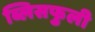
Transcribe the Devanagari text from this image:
ब्लिसफुली